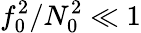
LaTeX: f_{0}^{2}/N_{0}^{2}\ll 1